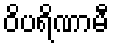
ဝိပရိဏာမီ